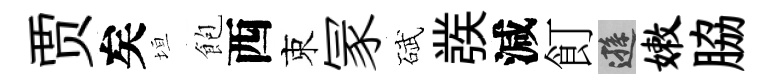
贾矣垣飽西束冡碔彂減飣遜嫩脇